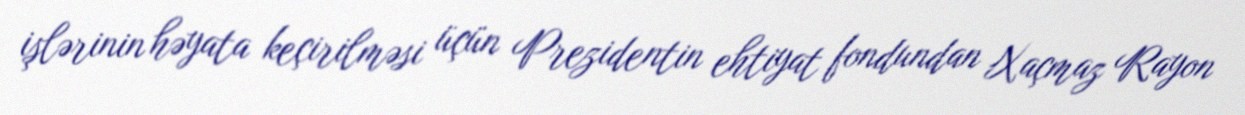
işlərinin həyata keçirilməsi üçün Prezidentin ehtiyat fondundan Xaçmaz Rayon